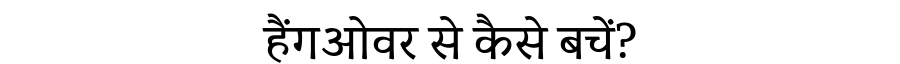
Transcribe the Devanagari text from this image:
हैंगओवर से कैसे बचें?